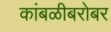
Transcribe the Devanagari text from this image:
कांबळीबरोबर